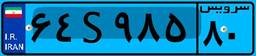
۶۴S۹۸۵۸۰